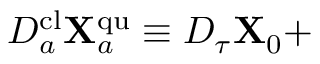
D _ { a } ^ { \mathrm { c l } } { \bf X } _ { a } ^ { \mathrm { q u } } \equiv D _ { \tau } { \bf X } _ { 0 } +